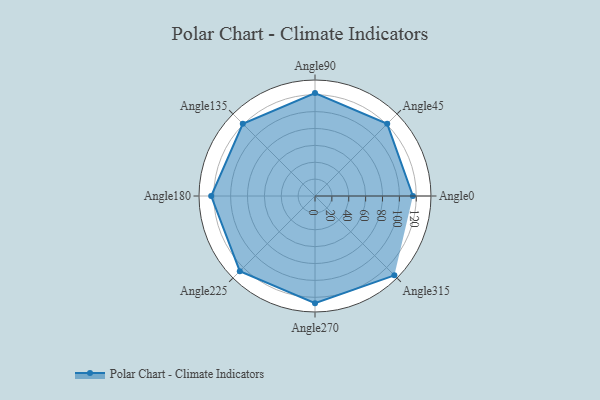
{"axis": {"x": "Angle", "y": "Radius"}, "legend": [""], "data": [{"x": "Angle0", "y": 116.0, "type": ""}, {"x": "Angle45", "y": 121.0, "type": ""}, {"x": "Angle90", "y": 122.0, "type": ""}, {"x": "Angle135", "y": 121.0, "type": ""}, {"x": "Angle180", "y": 123.0, "type": ""}, {"x": "Angle225", "y": 126.0, "type": ""}, {"x": "Angle270", "y": 127.0, "type": ""}, {"x": "Angle315", "y": 133.0, "type": ""}]}